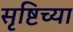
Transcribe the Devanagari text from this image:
सृष्टिच्या